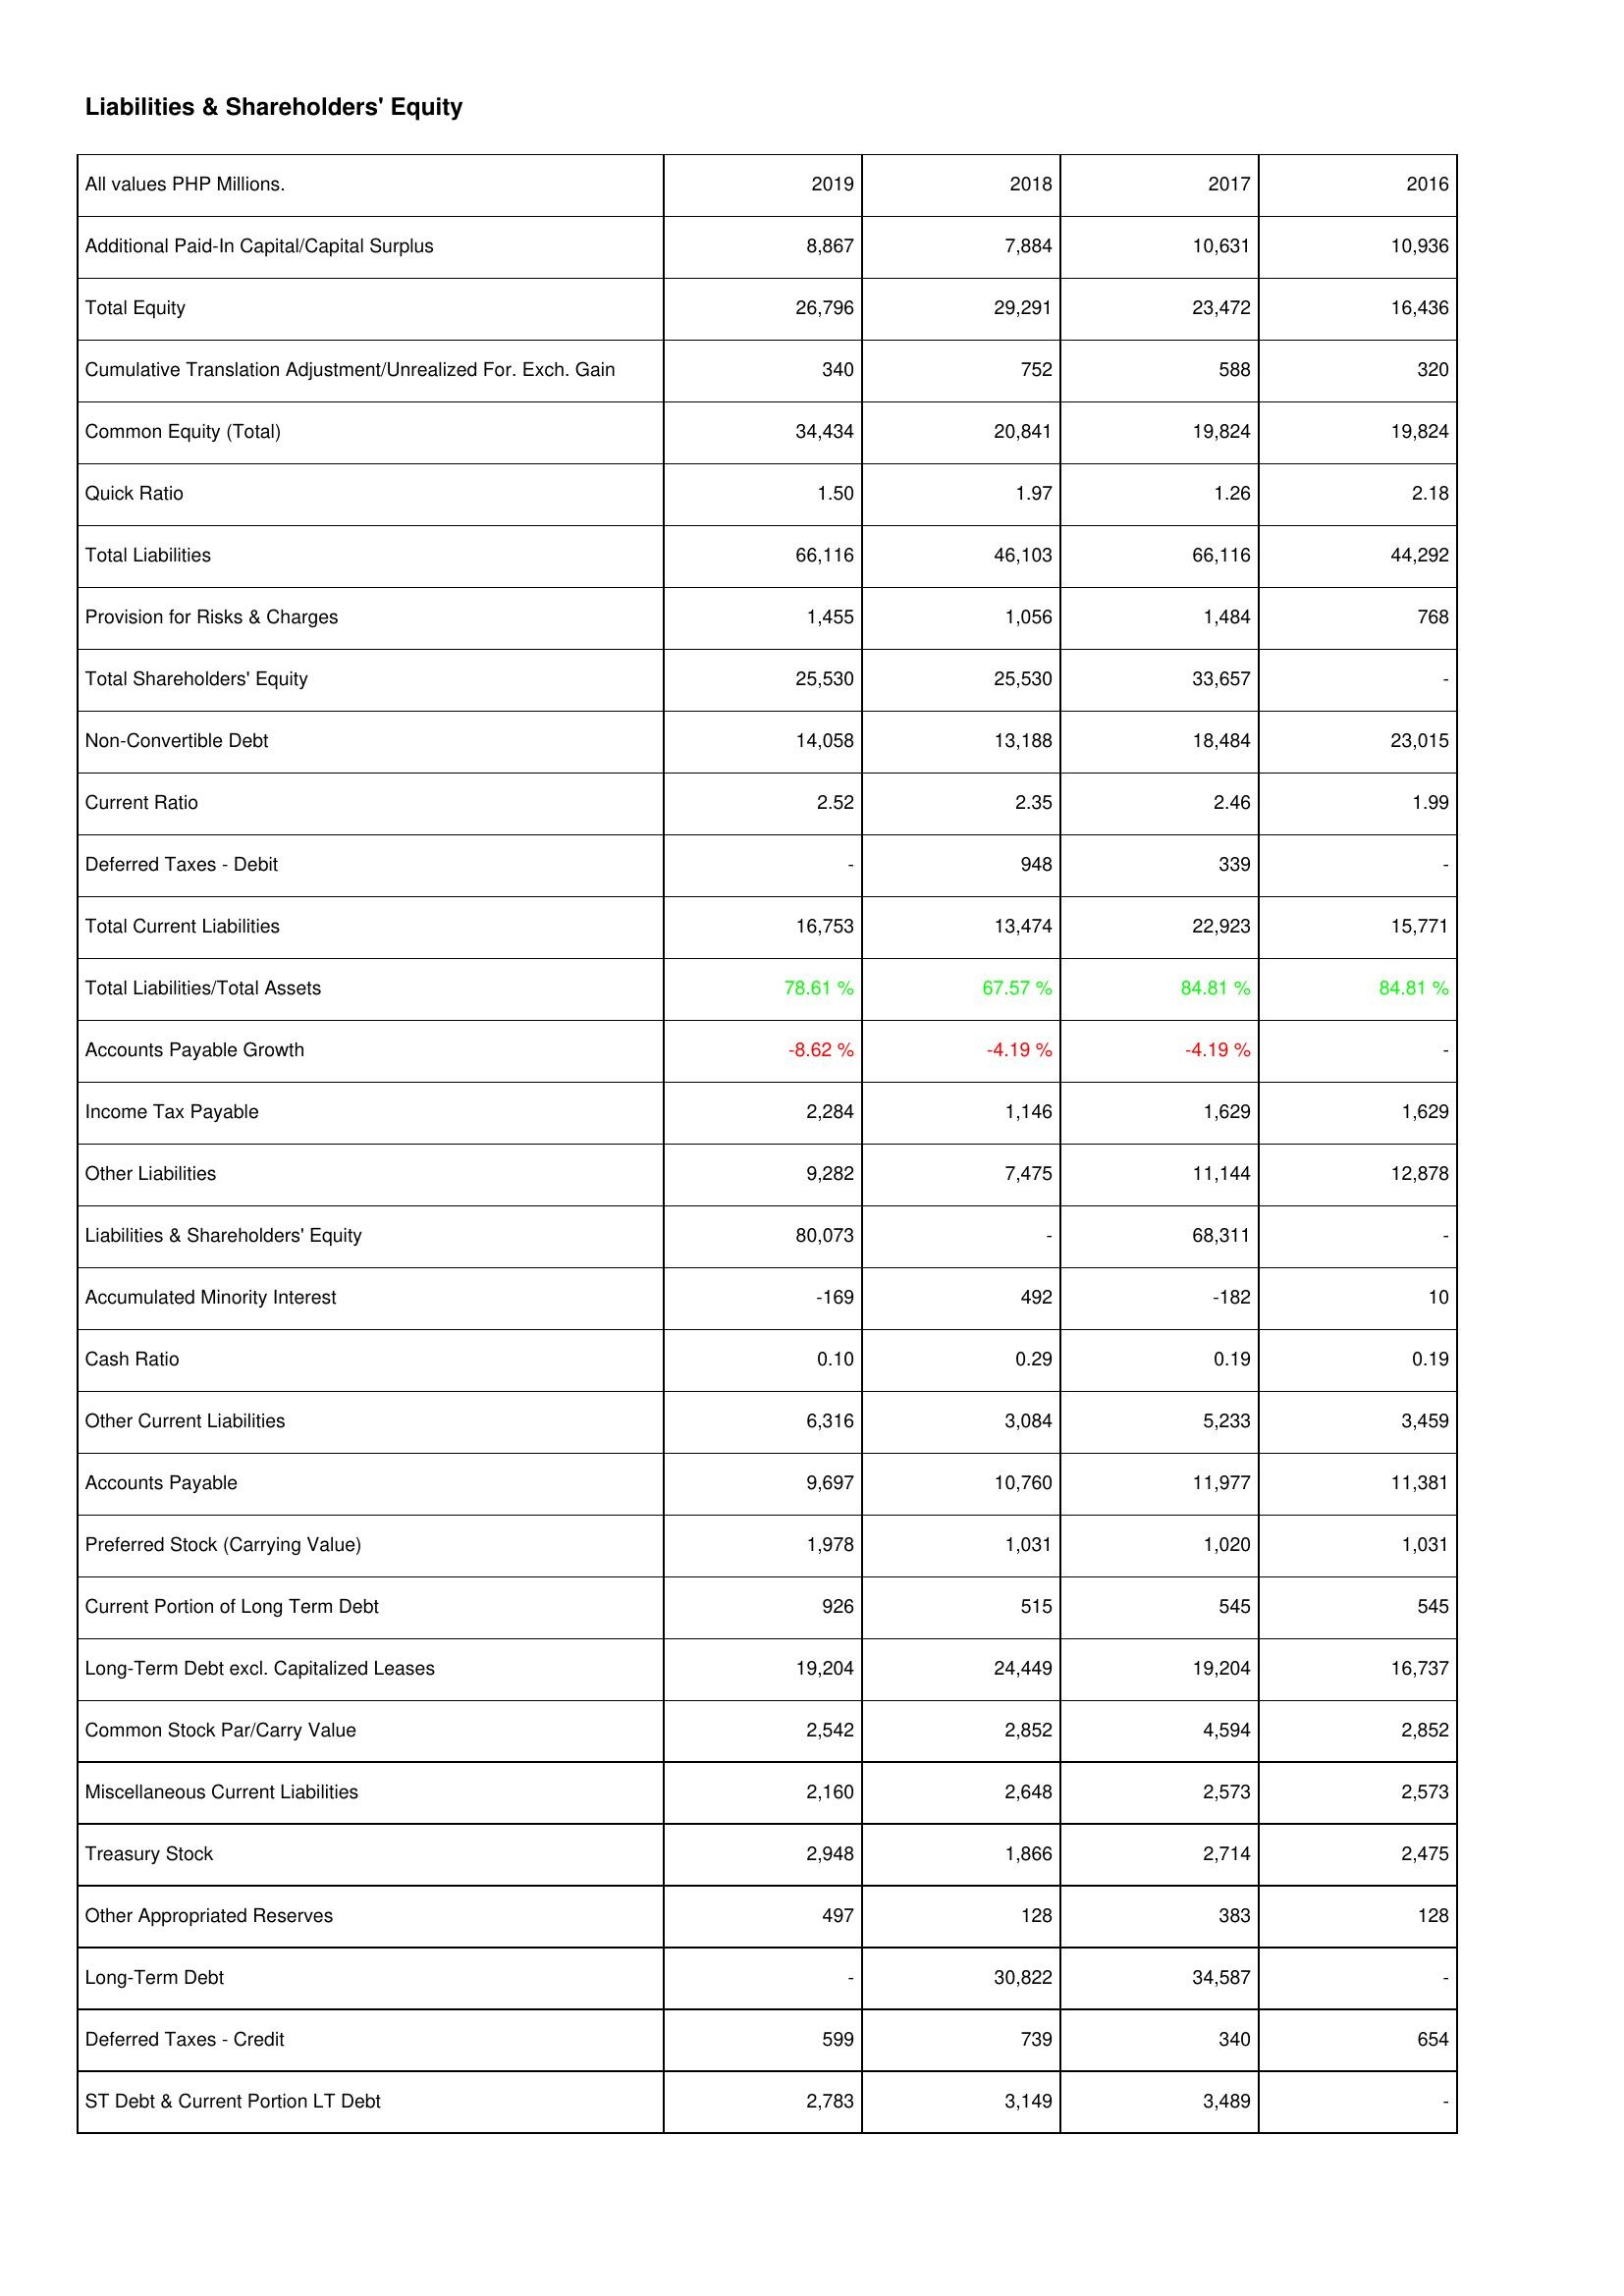
2019: Liabilities & Shareholders' Equity: Additional Paid-In Capital/Capital Surplus: 8,867
Total Equity: 26,796
Cumulative Translation Adjustment/Unrealized For. Exch. Gain: 340
Common Equity (Total): 34,434
Quick Ratio: 1.50
Total Liabilities: 66,116
Provision for Risks & Charges: 1,455
Total Shareholders' Equity: 25,530
Non-Convertible Debt: 14,058
Current Ratio: 2.52
Deferred Taxes - Debit: -
Total Current Liabilities: 16,753
Total Liabilities/Total Assets: 78.61 %
Accounts Payable Growth: -8.62 %
Income Tax Payable: 2,284
Other Liabilities: 9,282
Liabilities & Shareholders' Equity: 80,073
Accumulated Minority Interest: -169
Cash Ratio: 0.10
Other Current Liabilities: 6,316
Accounts Payable: 9,697
Preferred Stock (Carrying Value): 1,978
Current Portion of Long Term Debt: 926
Long-Term Debt excl. Capitalized Leases: 19,204
Common Stock Par/Carry Value: 2,542
Miscellaneous Current Liabilities: 2,160
Treasury Stock: 2,948
Other Appropriated Reserves: 497
Long-Term Debt: -
Deferred Taxes - Credit: 599
ST Debt & Current Portion LT Debt: 2,783
2018: Liabilities & Shareholders' Equity: Additional Paid-In Capital/Capital Surplus: 7,884
Total Equity: 29,291
Cumulative Translation Adjustment/Unrealized For. Exch. Gain: 752
Common Equity (Total): 20,841
Quick Ratio: 1.97
Total Liabilities: 46,103
Provision for Risks & Charges: 1,056
Total Shareholders' Equity: 25,530
Non-Convertible Debt: 13,188
Current Ratio: 2.35
Deferred Taxes - Debit: 948
Total Current Liabilities: 13,474
Total Liabilities/Total Assets: 67.57 %
Accounts Payable Growth: -4.19 %
Income Tax Payable: 1,146
Other Liabilities: 7,475
Liabilities & Shareholders' Equity: -
Accumulated Minority Interest: 492
Cash Ratio: 0.29
Other Current Liabilities: 3,084
Accounts Payable: 10,760
Preferred Stock (Carrying Value): 1,031
Current Portion of Long Term Debt: 515
Long-Term Debt excl. Capitalized Leases: 24,449
Common Stock Par/Carry Value: 2,852
Miscellaneous Current Liabilities: 2,648
Treasury Stock: 1,866
Other Appropriated Reserves: 128
Long-Term Debt: 30,822
Deferred Taxes - Credit: 739
ST Debt & Current Portion LT Debt: 3,149
2017: Liabilities & Shareholders' Equity: Additional Paid-In Capital/Capital Surplus: 10,631
Total Equity: 23,472
Cumulative Translation Adjustment/Unrealized For. Exch. Gain: 588
Common Equity (Total): 19,824
Quick Ratio: 1.26
Total Liabilities: 66,116
Provision for Risks & Charges: 1,484
Total Shareholders' Equity: 33,657
Non-Convertible Debt: 18,484
Current Ratio: 2.46
Deferred Taxes - Debit: 339
Total Current Liabilities: 22,923
Total Liabilities/Total Assets: 84.81 %
Accounts Payable Growth: -4.19 %
Income Tax Payable: 1,629
Other Liabilities: 11,144
Liabilities & Shareholders' Equity: 68,311
Accumulated Minority Interest: -182
Cash Ratio: 0.19
Other Current Liabilities: 5,233
Accounts Payable: 11,977
Preferred Stock (Carrying Value): 1,020
Current Portion of Long Term Debt: 545
Long-Term Debt excl. Capitalized Leases: 19,204
Common Stock Par/Carry Value: 4,594
Miscellaneous Current Liabilities: 2,573
Treasury Stock: 2,714
Other Appropriated Reserves: 383
Long-Term Debt: 34,587
Deferred Taxes - Credit: 340
ST Debt & Current Portion LT Debt: 3,489
2016: Liabilities & Shareholders' Equity: Additional Paid-In Capital/Capital Surplus: 10,936
Total Equity: 16,436
Cumulative Translation Adjustment/Unrealized For. Exch. Gain: 320
Common Equity (Total): 19,824
Quick Ratio: 2.18
Total Liabilities: 44,292
Provision for Risks & Charges: 768
Total Shareholders' Equity: -
Non-Convertible Debt: 23,015
Current Ratio: 1.99
Deferred Taxes - Debit: -
Total Current Liabilities: 15,771
Total Liabilities/Total Assets: 84.81 %
Accounts Payable Growth: -
Income Tax Payable: 1,629
Other Liabilities: 12,878
Liabilities & Shareholders' Equity: -
Accumulated Minority Interest: 10
Cash Ratio: 0.19
Other Current Liabilities: 3,459
Accounts Payable: 11,381
Preferred Stock (Carrying Value): 1,031
Current Portion of Long Term Debt: 545
Long-Term Debt excl. Capitalized Leases: 16,737
Common Stock Par/Carry Value: 2,852
Miscellaneous Current Liabilities: 2,573
Treasury Stock: 2,475
Other Appropriated Reserves: 128
Long-Term Debt: -
Deferred Taxes - Credit: 654
ST Debt & Current Portion LT Debt: -